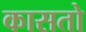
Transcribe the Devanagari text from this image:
कासतो